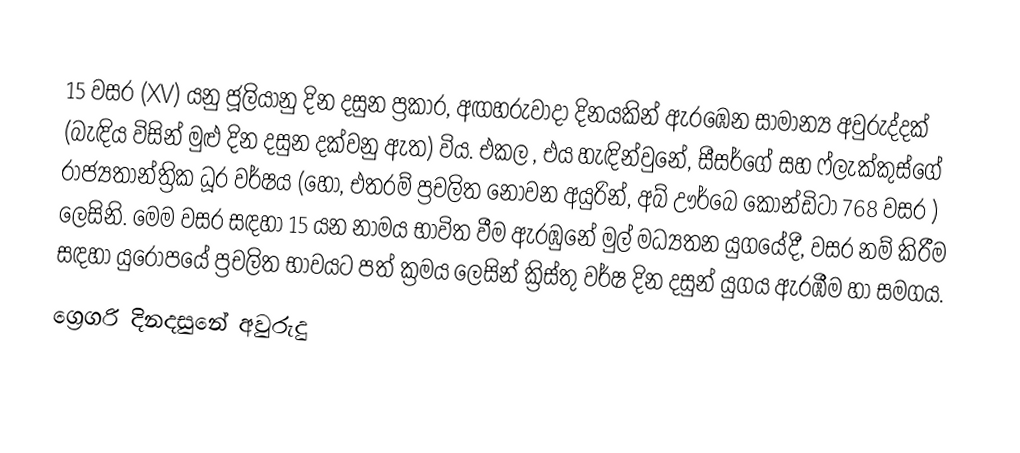

15 වසර (XV) යනු ජූලියානු දින දසුන ප්‍රකාර,   අඟහරුවාදා දිනයකින් ඇරඹෙන සාමාන්‍ය අවුරුද්දක් (බැඳිය විසින් මුළු දින දසුන දක්වනු ඇත) විය. එකල ,  එය හැඳින්වුනේ, සීසර්ගේ සහ  ෆ්ලැක්කුස්ගේ රාජ්‍යතාන්ත්‍රික  ධූර වර්ෂය (හෝ, එතරම් ප්‍රචලිත නොවන අයුරින්,  අබ් ඌර්බෙ කෝන්ඩිටා 768 වසර  ) ලෙසිනි. මෙම වසර සඳහා 15 යන නාමය භාවිත වීම ඇරඹුනේ මුල් මධ්‍යතන යුගයේදී, වසර නම් කිරීම සඳහා යුරෝපයේ ප්‍රචලිත භාවයට පත් ක්‍රමය ලෙසින් ක්‍රිස්තු වර්ෂ දින දසුන් යුගය ඇරඹීම හා සමගය.
ග්‍රෙගරි දිනදසුනේ අවුරුදු